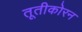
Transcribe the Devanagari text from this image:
तूतीकोरन